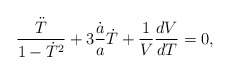
\begin{align*}\frac{\ddot T}{1-\dot T^2}+3\frac{\dot a}{a}\dot T+\frac{1}{V}\frac{dV}{dT}=0,\end{align*}